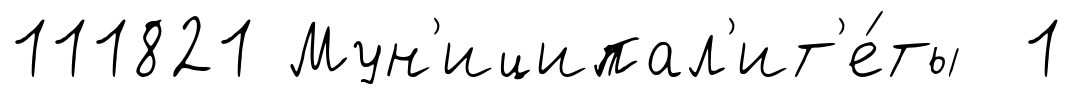
111821 Мун'иципал'ит'е́ты 1